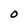
Character: O